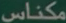
مکناس